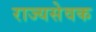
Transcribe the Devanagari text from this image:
राज्यसेवक